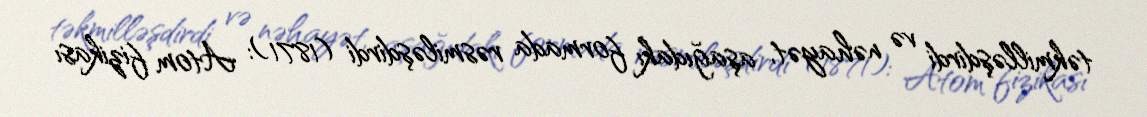
təkmilləşdirdi və nəhayət, aşağıdakı formada rəsmiləşdirdi (1871): Atom fizikası